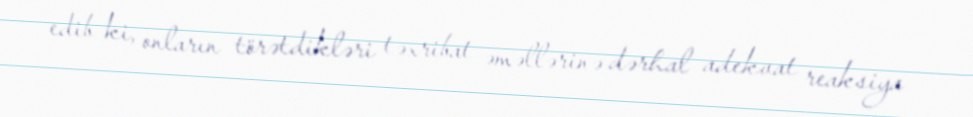
edib ki, onların törətdikləri təxribat əməllərinə dərhal adekvat reaksiya